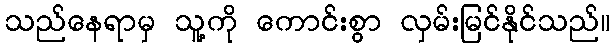
သည်နေရာမှ သူ့ကို ကောင်းစွာ လှမ်းမြင်နိုင်သည်။